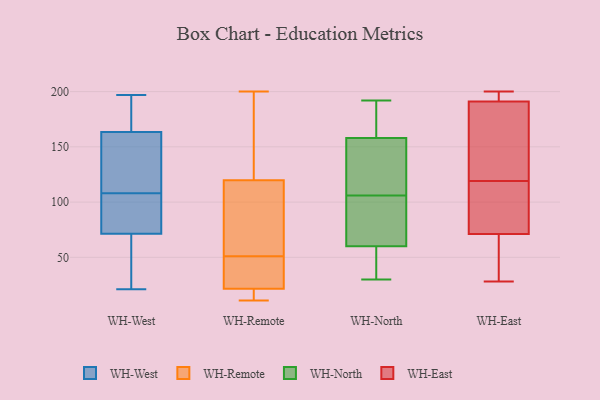
{"axis": {"x": "Temperature (°C)", "y": "Value"}, "legend": ["WH-East", "WH-North", "WH-Remote", "WH-West"], "data": [{"x": "", "y": 115, "type": "WH-West"}, {"x": "", "y": 100, "type": "WH-West"}, {"x": "", "y": 162, "type": "WH-West"}, {"x": "", "y": 77, "type": "WH-West"}, {"x": "", "y": 39, "type": "WH-West"}, {"x": "", "y": 164, "type": "WH-West"}, {"x": "", "y": 167, "type": "WH-West"}, {"x": "", "y": 71, "type": "WH-West"}, {"x": "", "y": 108, "type": "WH-West"}, {"x": "", "y": 72, "type": "WH-West"}, {"x": "", "y": 21, "type": "WH-West"}, {"x": "", "y": 148, "type": "WH-West"}, {"x": "", "y": 40, "type": "WH-West"}, {"x": "", "y": 197, "type": "WH-West"}, {"x": "", "y": 183, "type": "WH-West"}, {"x": "", "y": 140, "type": "WH-Remote"}, {"x": "", "y": 51, "type": "WH-Remote"}, {"x": "", "y": 48, "type": "WH-Remote"}, {"x": "", "y": 31, "type": "WH-Remote"}, {"x": "", "y": 11, "type": "WH-Remote"}, {"x": "", "y": 124, "type": "WH-Remote"}, {"x": "", "y": 58, "type": "WH-Remote"}, {"x": "", "y": 26, "type": "WH-Remote"}, {"x": "", "y": 107, "type": "WH-Remote"}, {"x": "", "y": 78, "type": "WH-Remote"}, {"x": "", "y": 11, "type": "WH-Remote"}, {"x": "", "y": 135, "type": "WH-Remote"}, {"x": "", "y": 20, "type": "WH-Remote"}, {"x": "", "y": 16, "type": "WH-Remote"}, {"x": "", "y": 200, "type": "WH-Remote"}, {"x": "", "y": 94, "type": "WH-North"}, {"x": "", "y": 150, "type": "WH-North"}, {"x": "", "y": 69, "type": "WH-North"}, {"x": "", "y": 44, "type": "WH-North"}, {"x": "", "y": 158, "type": "WH-North"}, {"x": "", "y": 192, "type": "WH-North"}, {"x": "", "y": 95, "type": "WH-North"}, {"x": "", "y": 30, "type": "WH-North"}, {"x": "", "y": 117, "type": "WH-North"}, {"x": "", "y": 60, "type": "WH-North"}, {"x": "", "y": 170, "type": "WH-North"}, {"x": "", "y": 32, "type": "WH-North"}, {"x": "", "y": 137, "type": "WH-North"}, {"x": "", "y": 166, "type": "WH-North"}, {"x": "", "y": 39, "type": "WH-East"}, {"x": "", "y": 28, "type": "WH-East"}, {"x": "", "y": 100, "type": "WH-East"}, {"x": "", "y": 42, "type": "WH-East"}, {"x": "", "y": 200, "type": "WH-East"}, {"x": "", "y": 189, "type": "WH-East"}, {"x": "", "y": 193, "type": "WH-East"}, {"x": "", "y": 128, "type": "WH-East"}, {"x": "", "y": 198, "type": "WH-East"}, {"x": "", "y": 178, "type": "WH-East"}, {"x": "", "y": 107, "type": "WH-East"}, {"x": "", "y": 110, "type": "WH-East"}]}